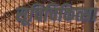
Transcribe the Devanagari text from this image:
सूचिचिकित्सा